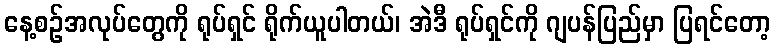
နေ့စဉ်အလုပ်တွေကို ရုပ်ရှင် ရိုက်ယူပါတယ်၊ အဲဒီ ရုပ်ရှင်ကို ဂျပန်ပြည်မှာ ပြရင်တော့